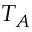
T _ { A }